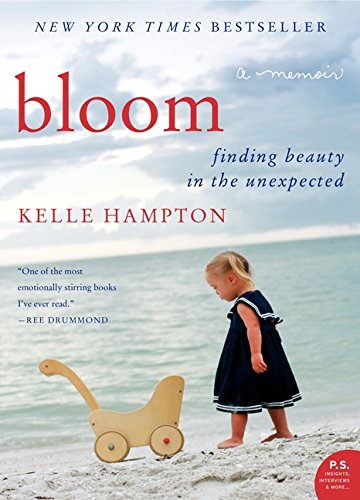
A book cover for Bloom: Finding Beauty in the Unexpected--A Memoir (P.S.); Kelle Hampton; Biographies & Memoirs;